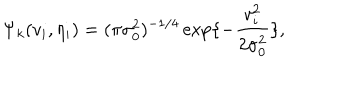
\Psi _ { k } ( v _ { i } , \eta _ { i } ) = ( \pi \sigma _ { 0 } ^ { 2 } ) ^ { - 1 / 4 } \exp \{ - { \frac { v _ { i } ^ { 2 } } { 2 \sigma _ { 0 } ^ { 2 } } } \} ,